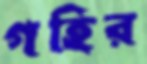
গহির